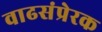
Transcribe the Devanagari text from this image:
वाढसंप्रेरक